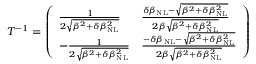
\begin{array} { r } { T ^ { - 1 } = \left( \begin{array} { l l } { \frac { 1 } { 2 \sqrt { \beta ^ { 2 } + \delta \beta _ { \mathrm { N L } } ^ { 2 } } } } & { \frac { \delta \beta _ { \mathrm { N L } } - \sqrt { \beta ^ { 2 } + \delta \beta _ { \mathrm { N L } } ^ { 2 } } } { 2 \beta \sqrt { \beta ^ { 2 } + \delta \beta _ { \mathrm { N L } } ^ { 2 } } } } \\ { - \frac { 1 } { 2 \sqrt { \beta ^ { 2 } + \delta \beta _ { \mathrm { N L } } ^ { 2 } } } } & { \frac { - \delta \beta _ { \mathrm { N L } } - \sqrt { \beta ^ { 2 } + \delta \beta _ { \mathrm { N L } } ^ { 2 } } } { 2 \beta \sqrt { \beta ^ { 2 } + \delta \beta _ { \mathrm { N L } } ^ { 2 } } } } \end{array} \right) } \end{array}